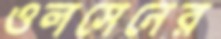
ওলসেনের